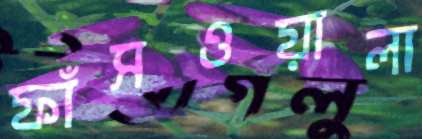
ফাঁসওয়ালা